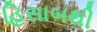
હિસાબથી